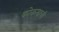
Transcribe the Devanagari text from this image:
कोकमाची